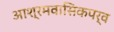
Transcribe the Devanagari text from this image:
आश्रमवासिकपर्व